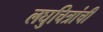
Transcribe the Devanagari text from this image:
लघुचित्रांची